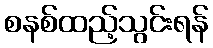
စနစ်ထည့်သွင်းရန်